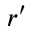
{ \boldsymbol { r } } ^ { \prime }